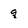
Character: q